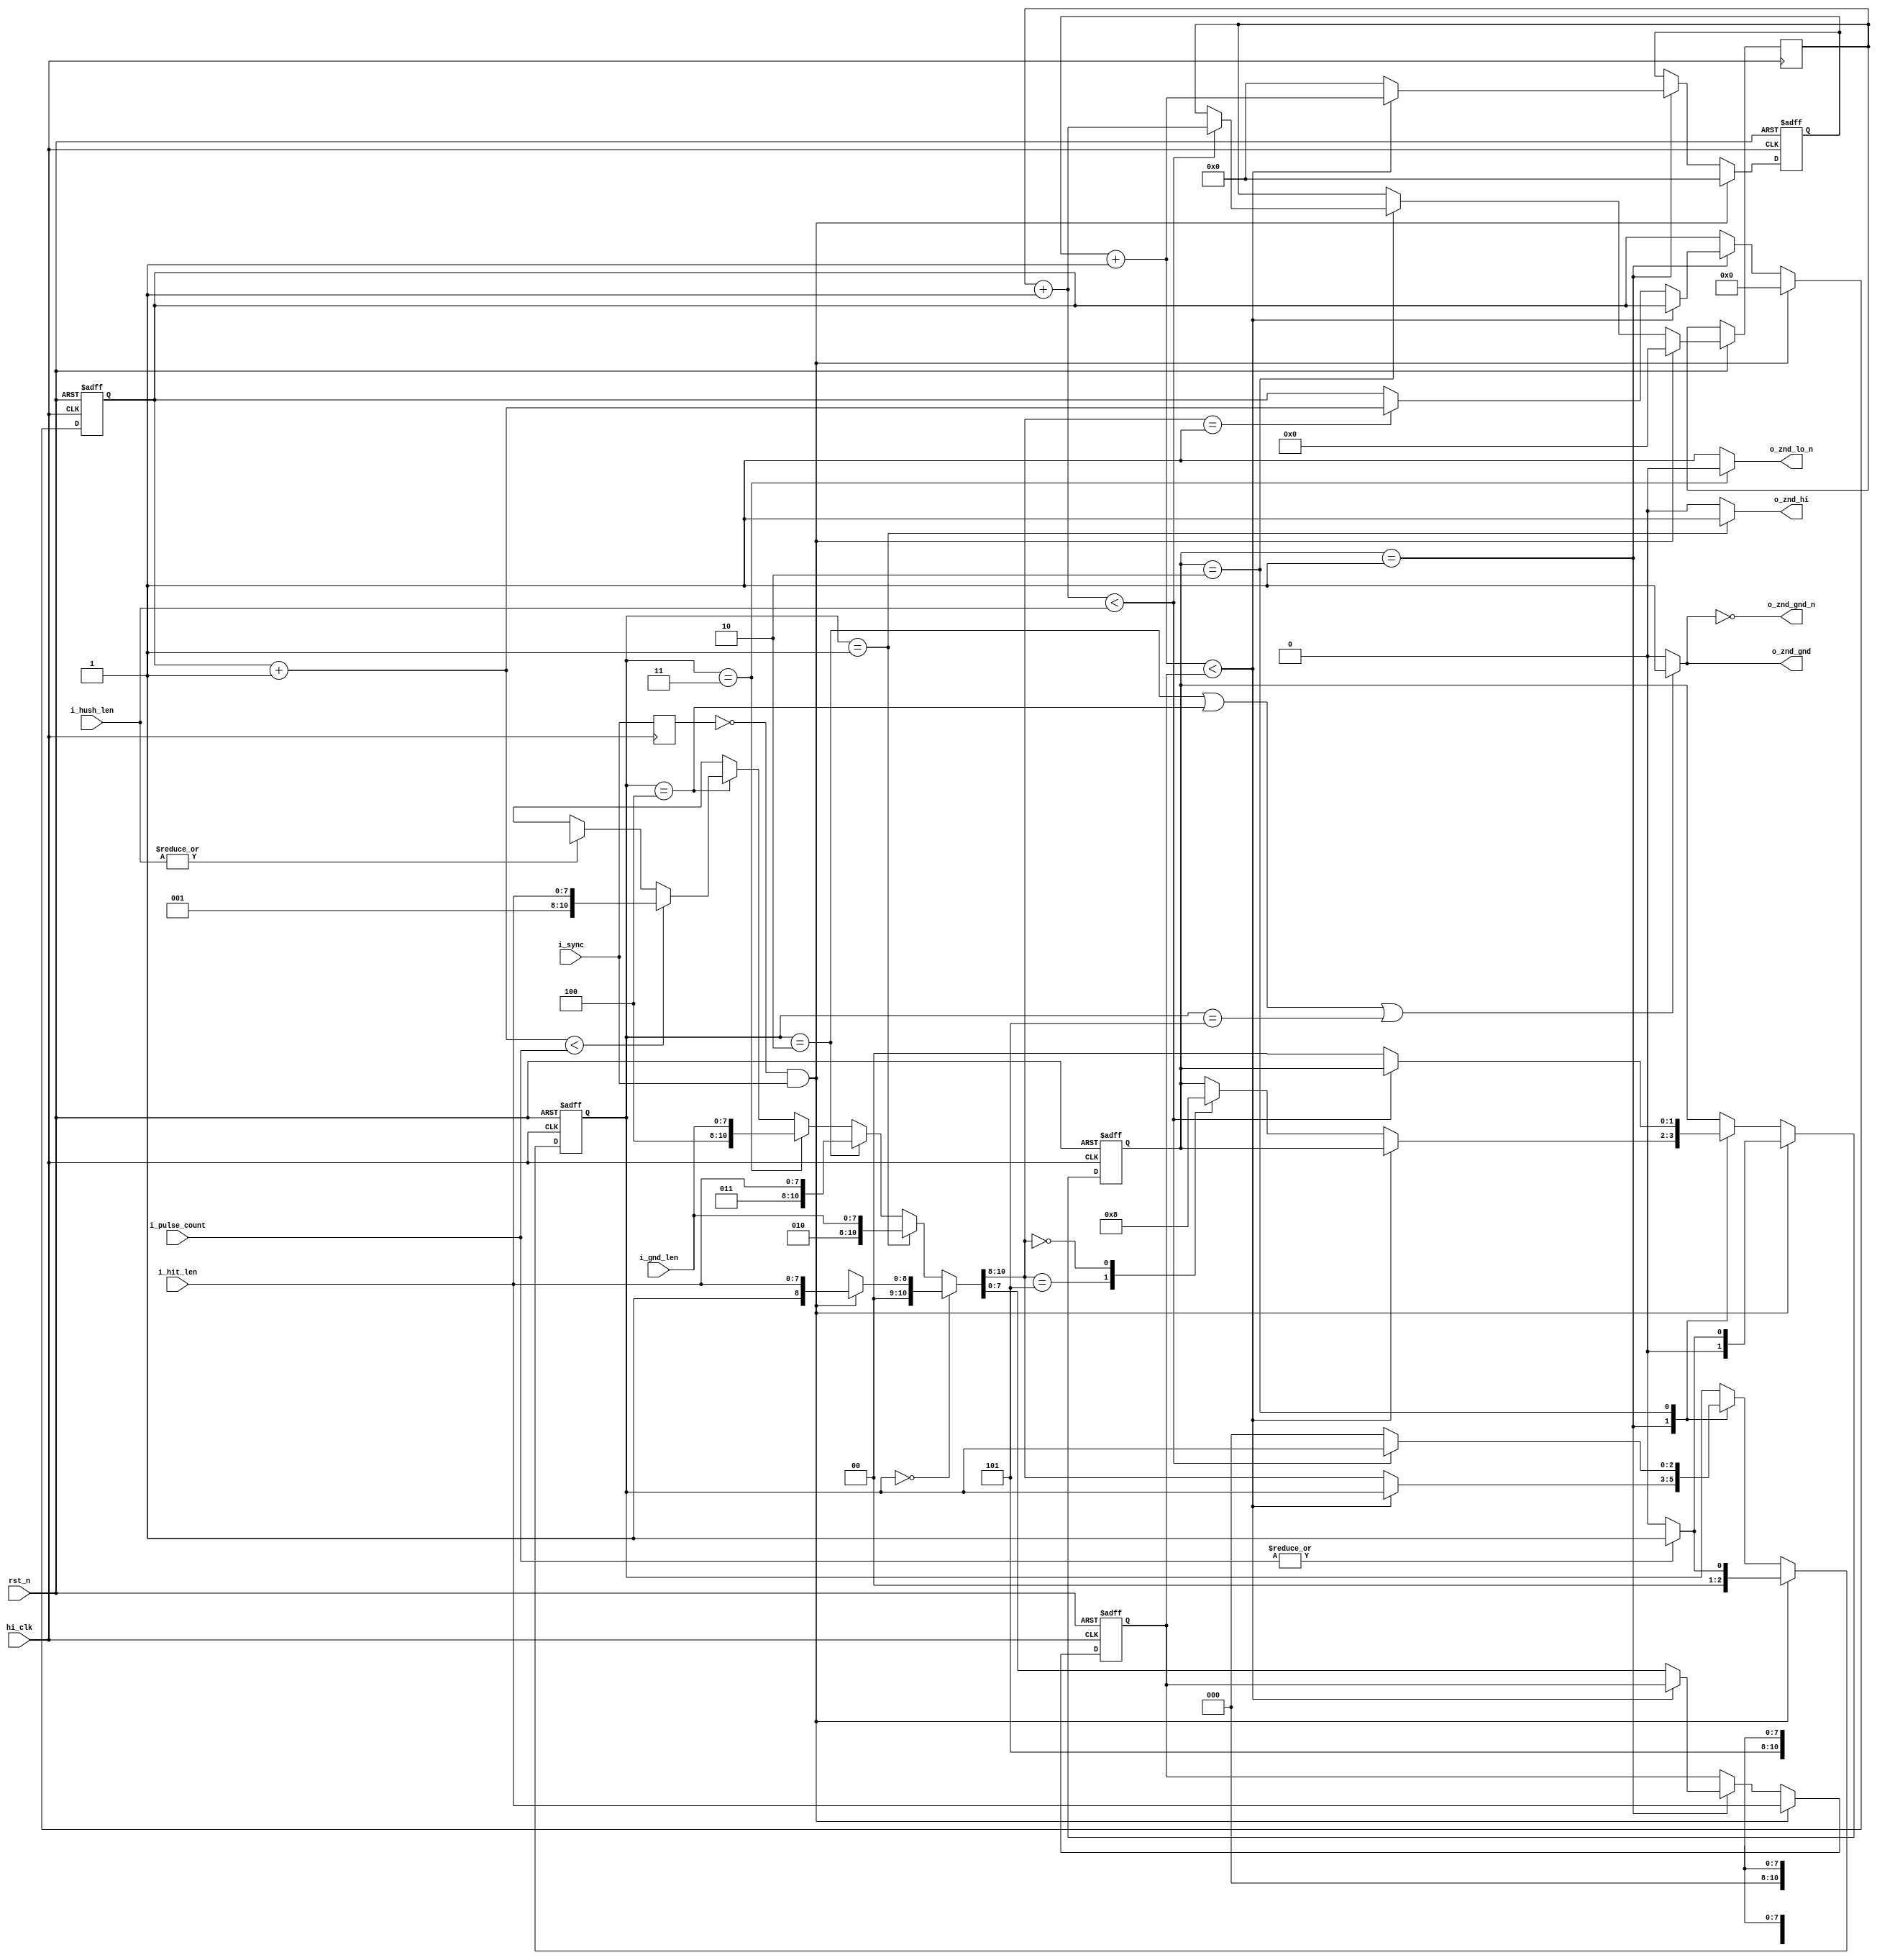
module pulse_channel(
	input						rst_n,
	
	input						hi_clk,		// 200 MHz Clock
	
	input						i_sync,
	
	input		[7:0]			i_hit_len,	// hi/lo state time in 5ns tick
	input		[7:0]			i_gnd_len,	// gnd state time in 5 ns tick
	
	input		[3:0]			i_pulse_count,	// Pulse (Hi,Gnd,Lo,Gnd cycle) count 
	input		[15:0]			i_hush_len,		// Hush time (Gnd) after all pulses (in 5 ns tick)
	
	output						o_znd_hi,
	output						o_znd_lo_n,
	output						o_znd_gnd,
	output						o_znd_gnd_n
);

	reg			[0:0]			prev_sync;
	always @ (posedge hi_clk) prev_sync <= i_sync;
	
	wire						sync_pulse;
	assign sync_pulse = ~prev_sync & i_sync;

	assign o_znd_hi = znd_state == ZS_HI ? 1'b1 : 1'b0;
	assign o_znd_lo_n = znd_state == ZS_LO ? 1'b0 : 1'b1;
	assign o_znd_gnd = znd_state == ZS_HI_GND || znd_state == ZS_LO_GND || 
						znd_state == ZS_HUSH_GND ? 1'b1 : 1'b0;
	assign o_znd_gnd_n = ~o_znd_gnd;
	
	parameter	[2:0]			ZS_NONE = 3'd0,
								ZS_HI = 3'd1,
								ZS_HI_GND = 3'd2,
								ZS_LO = 3'd3,
								ZS_LO_GND = 3'd4,
								ZS_HUSH_GND = 3'd5;
								
	parameter	[1:0]			PS_NONE = 2'd0,
								PS_HITTING = 2'd1,
								PS_HUSHING = 2'd2;
								
	reg			[1:0]			pulse_state;	// Pulse State (Pulsing or Hushing)
							
	wire		[2:0]			next_znd_state;
	wire		[7:0]			next_znd_len;

	assign {next_znd_state, next_znd_len} = 
		znd_state == ZS_NONE ? (sync_pulse ? {ZS_HI, i_hit_len} : {ZS_NONE, 8'dX})  :
		znd_state == ZS_HI ? {ZS_HI_GND, i_gnd_len} :
		znd_state == ZS_HI_GND ? {ZS_LO, i_hit_len} :
		znd_state == ZS_LO ? {ZS_LO_GND, i_gnd_len} :
		znd_state == ZS_LO_GND ? (pulse_count + 1'd1 < i_pulse_count ? {ZS_HI, i_hit_len} : 
									(|{i_hush_len} ? {ZS_HUSH_GND, 8'dX} : {ZS_NONE, 8'dX})) : 
		{ZS_NONE, 8'dX};
				
	
				
	reg			[7:0]			znd_cntr;
	reg			[7:0]			znd_len;
	reg			[2:0]			znd_state;
	reg			[3:0]			pulse_count;
	reg			[15:0]			hush_cntr;
	always @ (posedge hi_clk or negedge rst_n)
		if(~rst_n) begin
			pulse_state <= PS_NONE;
			znd_state <= ZS_NONE;
			pulse_count <= 4'd0;
			znd_cntr <= 8'd0;
			znd_len <= 8'd0;
		end
		else
			if(sync_pulse) begin
				pulse_state <= |{i_pulse_count} ? PS_HITTING : PS_NONE;
				pulse_count <= 4'd0;
				znd_state <= |{i_pulse_count} ? ZS_HI : ZS_NONE;
				znd_cntr <= 8'd0;
				znd_len <= i_hit_len;
				hush_cntr <= 16'd0;
			end
			else
				case(pulse_state)
					PS_HITTING: 
						if(znd_cntr + 1'd1 < znd_len)
							znd_cntr <= znd_cntr + 1'd1;
						else begin
							znd_cntr <= 8'd0;
							znd_len <= next_znd_len;
							znd_state <= next_znd_state;
							case(next_znd_state)
								ZS_HI: pulse_count <= pulse_count + 1'd1;
								ZS_HUSH_GND: pulse_state <= PS_HUSHING;
								ZS_NONE: pulse_state <= PS_NONE;
							endcase
						end
					
					PS_HUSHING:
						if(hush_cntr + 1'd1 < i_hush_len)
							hush_cntr <= hush_cntr + 1'd1;
						else begin
							pulse_state <= PS_NONE;
							znd_state <= ZS_NONE;
						end
				endcase
endmodule